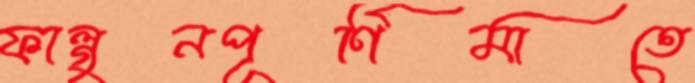
ফাল্গুনপূর্ণিমাতে